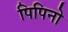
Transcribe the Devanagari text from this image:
पिपिनो